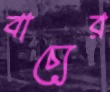
বাচ্যের